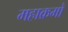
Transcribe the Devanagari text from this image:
महाक्रमो